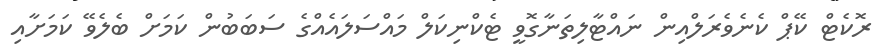
ރޮކެޓް ކޭޕް ކެނެވެރަލްއިން ނައްޓާލިތަނާގޮވީ ޓެކްނިކަލް މައްސަލައެއްގެ ސަބަބުން ކަމަށް ބެލެވޭ ކަމަށާއި